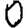
Digit: 0